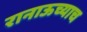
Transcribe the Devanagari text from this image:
रानाऊच्याच